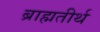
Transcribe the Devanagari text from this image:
ब्राह्मतीर्थ